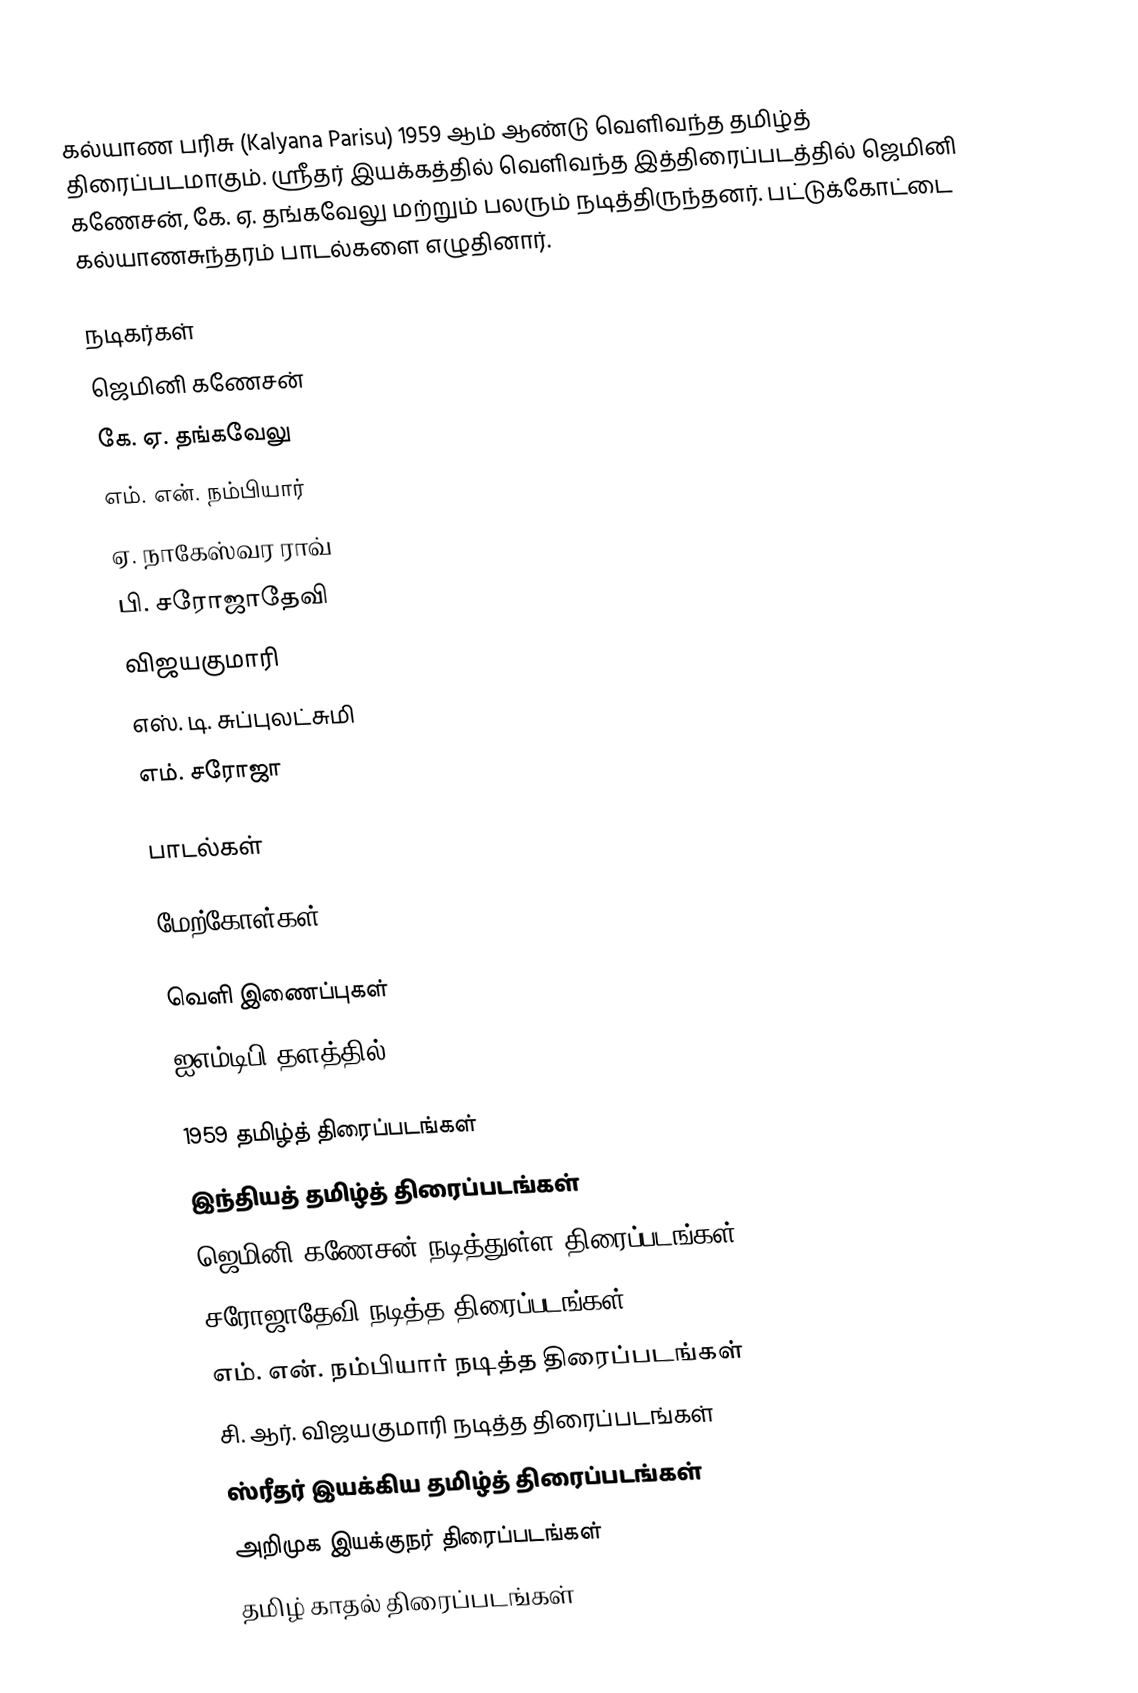
கல்யாண பரிசு (Kalyana Parisu) 1959 ஆம் ஆண்டு வெளிவந்த தமிழ்த் திரைப்படமாகும். ஸ்ரீதர் இயக்கத்தில் வெளிவந்த இத்திரைப்படத்தில் ஜெமினி கணேசன், கே. ஏ. தங்கவேலு மற்றும் பலரும் நடித்திருந்தனர். பட்டுக்கோட்டை கல்யாணசுந்தரம் பாடல்களை எழுதினார்.

நடிகர்கள்
 ஜெமினி கணேசன்
 கே. ஏ. தங்கவேலு
 எம். என். நம்பியார்
 ஏ. நாகேஸ்வர ராவ்
 பி. சரோஜாதேவி
 விஜயகுமாரி
 எஸ். டி. சுப்புலட்சுமி
 எம். சரோஜா

பாடல்கள்

மேற்கோள்கள்

வெளி இணைப்புகள்
 ஐஎம்டிபி தளத்தில்

1959 தமிழ்த் திரைப்படங்கள்
இந்தியத் தமிழ்த் திரைப்படங்கள்
ஜெமினி கணேசன் நடித்துள்ள திரைப்படங்கள்
சரோஜாதேவி நடித்த திரைப்படங்கள்
எம். என். நம்பியார் நடித்த திரைப்படங்கள்
சி. ஆர். விஜயகுமாரி நடித்த திரைப்படங்கள்
ஸ்ரீதர் இயக்கிய தமிழ்த் திரைப்படங்கள்
அறிமுக இயக்குநர் திரைப்படங்கள்
தமிழ் காதல் திரைப்படங்கள்